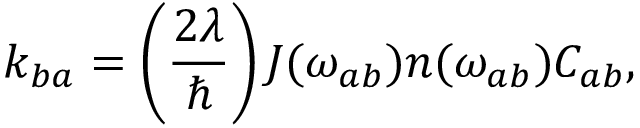
k _ { b a } = \left( \frac { 2 \lambda } { \hbar } \right) J ( \omega _ { a b } ) n ( \omega _ { a b } ) C _ { a b } ,